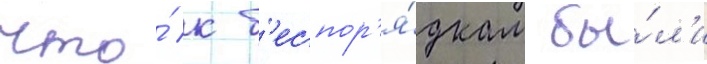
что́ к б'еспор'я́дкам бы́л'и